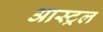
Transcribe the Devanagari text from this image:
आस्ट्रल